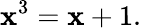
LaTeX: \mathbf{x}^{3}=\mathbf{x}+1.